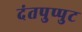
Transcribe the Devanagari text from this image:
दंतपुप्पुट